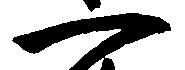
一